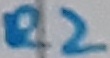
Text: R2